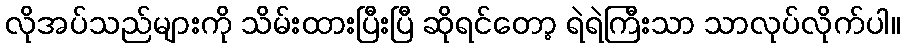
လိုအပ်သည်များကို သိမ်းထားပြီးပြီ ဆိုရင်တော့ ရဲရဲကြီးသာ သာလုပ်လိုက်ပါ။